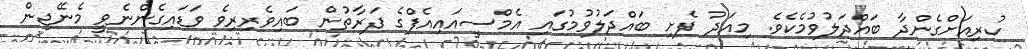
ކުރިއަށްގެންދާ ބައްދަލުވުމެކެވެ. މިއަދު ފެށި ބައްދަލުވުމުގައި އެމްސީއައިއެފްގެ ފަރާތުން ބައިވެރިރިވެ ވަޑައިގެންނެވީ މެނޭޖިން